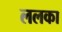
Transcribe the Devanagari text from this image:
ललका